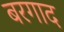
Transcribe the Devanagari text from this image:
बरगाद